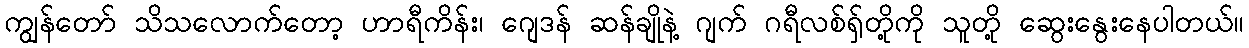
ကျွန်တော် သိသလောက်တော့ ဟာရီကိန်း၊ ဂျေဒန် ဆန်ချိုနဲ့ ဂျက် ဂရီလစ်ရှ်တို့ကို သူတို့ ဆွေးနွေးနေပါတယ်။